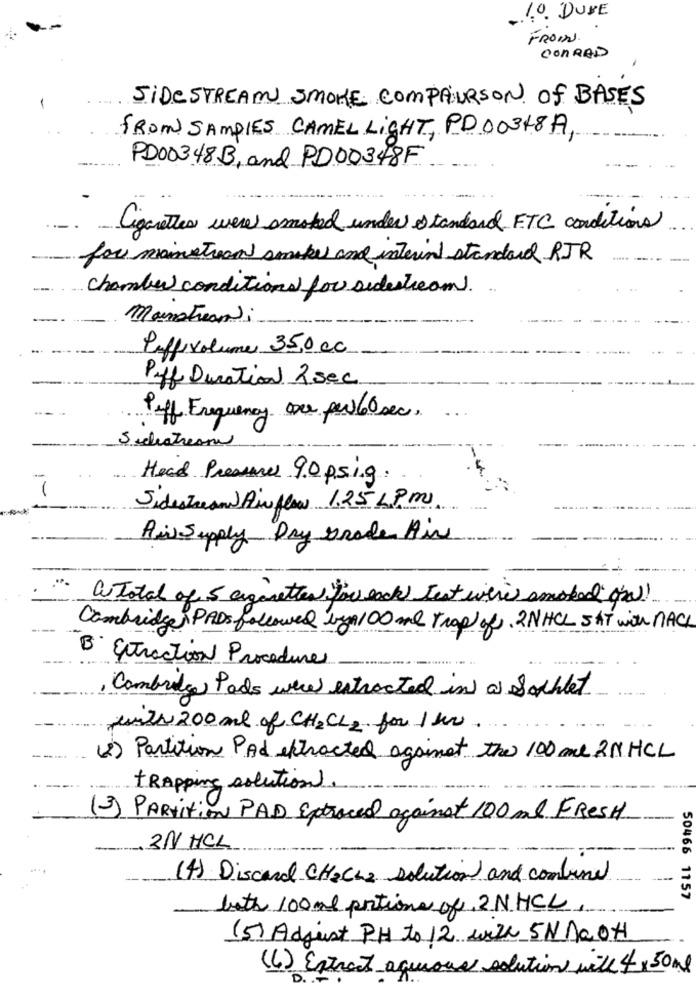
10. DUVE
FROWN.
CONRAD
SIDE STREAM SMOKE ComPARSON of BASES
FROM SAMPLES CAMEL LIGHT, PD 00318A,
PD00348B, and PD00348F
Cigarettes were smoked under standard FTC conditions
for mainstream smokes and internet standard RJR
chamber conditions for sidestream.
Mainstream :-
Puffivolume 35,0cc
Puff Duration 2 sec
Piff Frequency are per 60 sec.
Sidestreama
Head Presure 90 ps.i.g.
Sidestream Air flow 1.25 LPm.
Air Supply Dry Grade Air
a total of 5 cigarettes for each test wire smoked (!
Cambridges PADS followed bya100 ml Trap of. 2NHCL SAT with NACH
B Extraction Procedure
, Cambridge Pads were extracted in a Sachlet
with 200 ml of CH2CL2 for 1 hr.
(2) Partition PAS extracted against the 100 ml 2N HCL
trapping solutions.
(3) Partition PAD Eptraced against 100ml FRESH
-
. 31/ HCL
(4) Discard CH2Ch2 solution and combine
50466 1157
both 100ml portions of 2.N.HCL
(5) Adjust PH to 12 with 5N Na OH
(6) Extract aqueous solutions with 4 , 50 ml